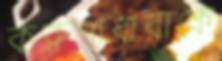
করুণাধারাকে